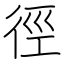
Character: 徑